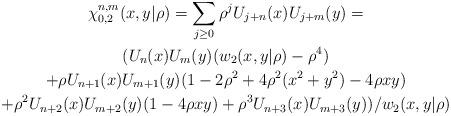
LaTeX: \begin{gather*}\chi_{0,2}^{n,m}(x,y|\rho)\allowbreak=\sum_{j\geq0}\rho^{j}U_{j+n}(x)U_{j+m}(y)\allowbreak=\\(U_{n}(x)U_{m}(y)(w_{2}(x,y|\rho)-\rho^{4})\\+\rho U_{n+1}(x)U_{m+1}(y)(1-2\rho^{2}+4\rho^{2}(x^{2}+y^{2})-4\rho xy)\\+\rho^{2}U_{n+2}(x)U_{m+2}(y)(1-4\rho xy)+\rho^{3}U_{n+3}(x)U_{m+3}(y))/w_{2}(x,y|\rho)\end{gather*}